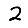
Digit: 2